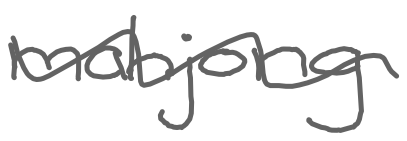
Text: mahjong
Cross-out: wave
Writing tool: digital_gray